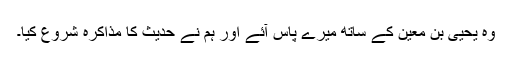
وہ یحییٰ بن معین کے ساتھ میرے پاس آئے اور ہم نے حدیث کا مذاکرہ شروع کیا۔